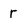
Character: r